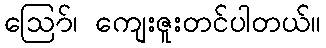
ဪ၊ ကျေးဇူးတင်ပါတယ်။